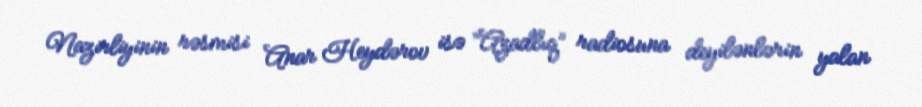
Nazirliyinin rəsmisi Anar Heydərov isə “Azadlıq” radiosuna deyilənlərin yalan